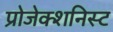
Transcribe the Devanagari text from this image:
प्रोजेक्शनिस्ट